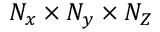
N _ { x } \times N _ { y } \times N _ { Z }